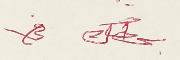
بحطك في